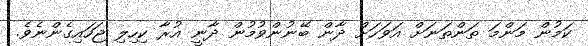
ކަމުން މަންމަ ތަންތަނަށް އަވަހަށް ދާން ބޭނުންވުމުން ދާނީ އުރާ ކިހިލި ޖަހައިގެންނެވެ.